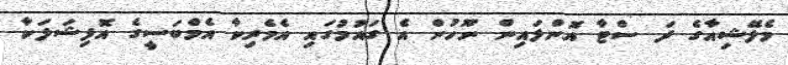
މެލޭޝިއާގެ ދަ ސްޓާ އޮންލައިން ނޫހުން އެ ގައުމުގައި އެމެރިކާ އެމްބަސީގެ އޮފިޝަލަކާ